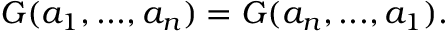
{ \cal G } ( a _ { 1 } , . . . , a _ { n } ) = { \cal G } ( a _ { n } , . . . , a _ { 1 } ) .